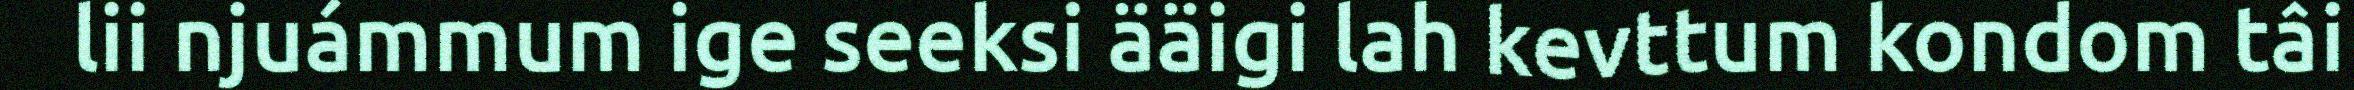
lii njuámmum ige seeksi ääigi lah kevttum kondom tâi